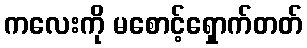
ကလေးကို မစောင့်ရှောက်တတ်